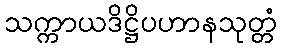
သက္ကာယဒိဋ္ဌိပဟာနသုတ္တံ